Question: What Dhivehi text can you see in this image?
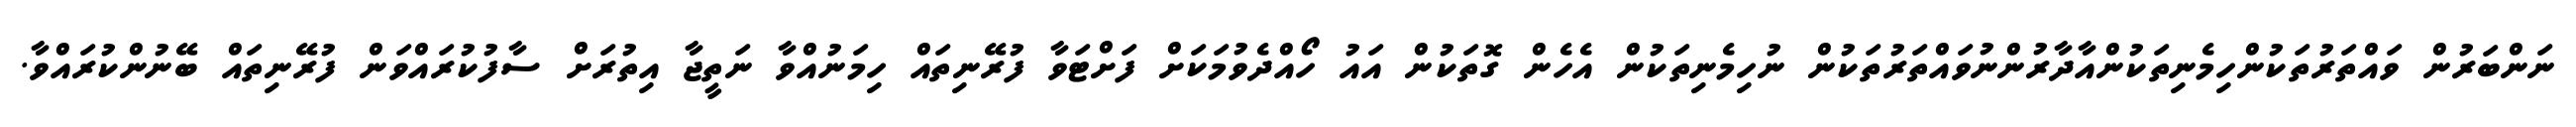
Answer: ނަންބަރުން ވައްތަރުތަކުންހިމެނިތަކުންއާދާރުންނުވައްތަރުތަކުން ނުހިމެނިތަކުން އެހެން ގޮތަކުން އައު ހޯއްދެވުމަކަށް ފަށްޓަވާ ފުރޭނިތައް ހިމަނުއްވާ ނަތީޖާ އިތުރަށް ސާފުކުރައްވަން ފުރޭނިތައް ބޭނުންކުރައްވާ.